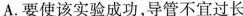
A.要使该实验成功，导管不宜过长